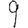
Digit: 9